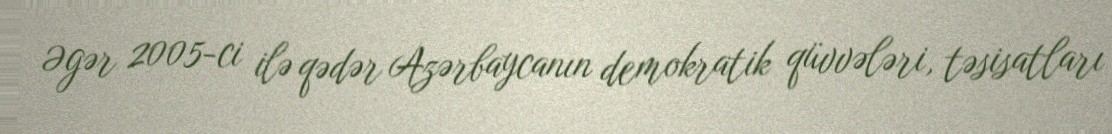
Əgər 2005-ci ilə qədər Azərbaycanın demokratik qüvvələri, təsisatları